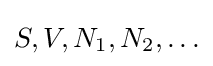
S,V,N_{1},N_{2},\ldots